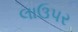
લાઉપર